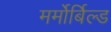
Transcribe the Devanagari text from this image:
मर्मोर्बिल्ड